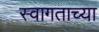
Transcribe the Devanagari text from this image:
स्वागताच्या